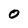
Character: O